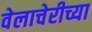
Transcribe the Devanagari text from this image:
वेलाचेरीच्या